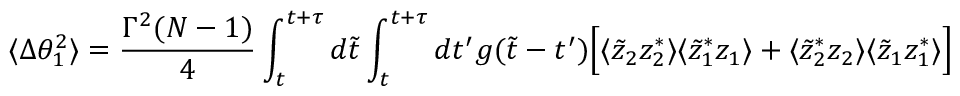
\langle \Delta \theta _ { 1 } ^ { 2 } \rangle = { \frac { \Gamma ^ { 2 } ( N - 1 ) } { 4 } } \int _ { t } ^ { t + \tau } d \tilde { t } \int _ { t } ^ { t + \tau } d t ^ { \prime } g ( \tilde { t } - t ^ { \prime } ) \Big [ \langle \tilde { z } _ { 2 } z _ { 2 } ^ { * } \rangle \langle \tilde { z } _ { 1 } ^ { * } z _ { 1 } \rangle + \langle \tilde { z } _ { 2 } ^ { * } z _ { 2 } \rangle \langle \tilde { z } _ { 1 } z _ { 1 } ^ { * } \rangle \Big ]